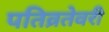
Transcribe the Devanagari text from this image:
पतिव्रतेवरी